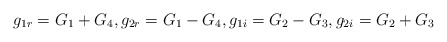
\begin{align*}g_{1r}=G_1+G_4,g_{2r}=G_1-G_4,g_{1i}=G_2-G_3,g_{2i}=G_2+G_3\end{align*}